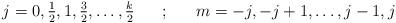
LaTeX: \begin{align*}\mbox{$j=0,\frac12,1,\frac32,\dots,\frac k2$}~~~~~;~~~~~m=-j,-j+1,\dots,j-1,j\end{align*}